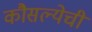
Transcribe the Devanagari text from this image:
कौसल्येची